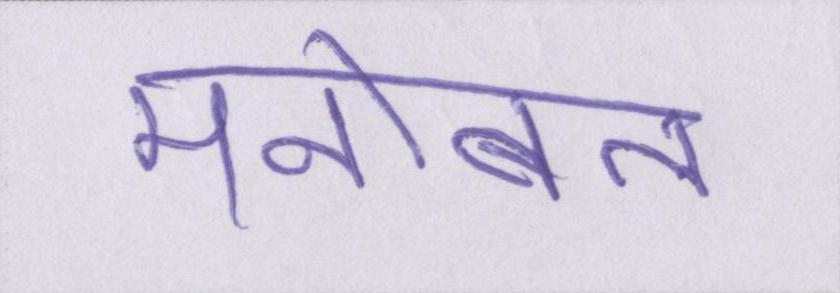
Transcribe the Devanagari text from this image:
मनोबल